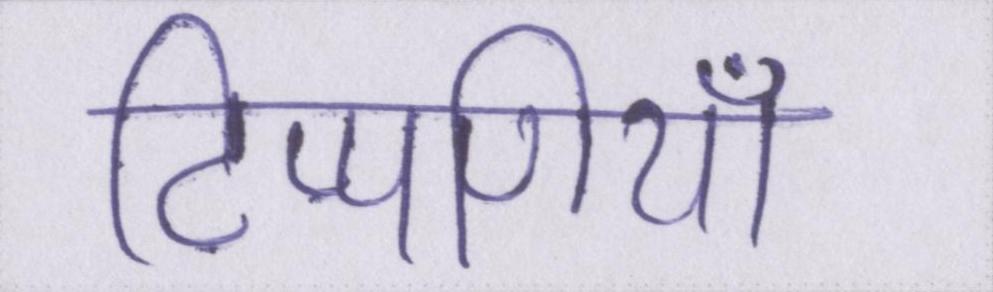
टिप्पणियाँ